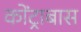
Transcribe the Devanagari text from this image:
कोंट्राबास